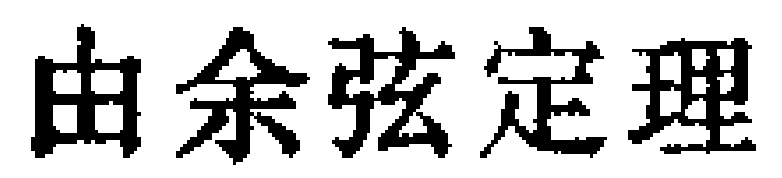
由余弦定理